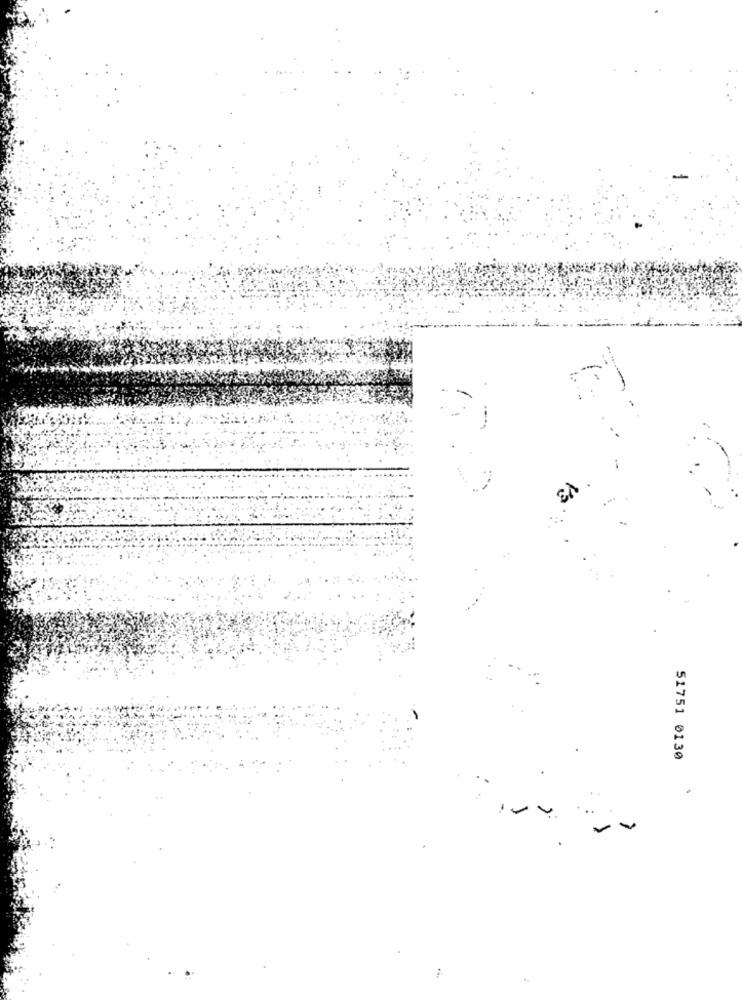
V3
51751 0130